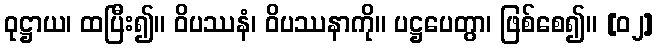
ဝုဋ္ဌာယ၊ ထပြီး၍။ ဝိပဿနံ၊ ဝိပဿနာကို။ ပဋ္ဌပေတွာ၊ ဖြစ်စေ၍။ [၀၂]